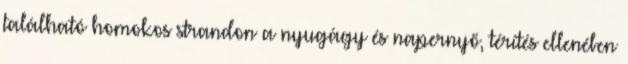
található homokos strandon a nyugágy és napernyő, térítés ellenében